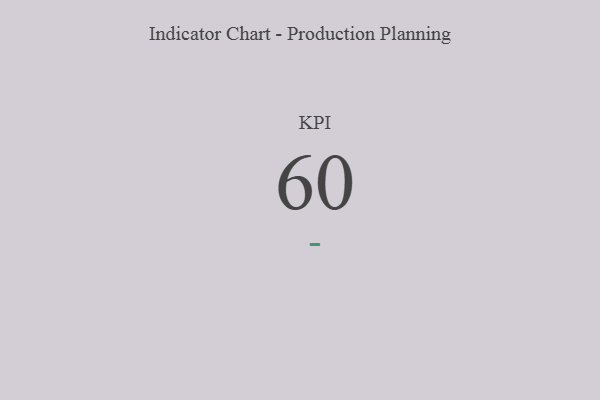
{"axis": {"x": "KPI", "y": "Value"}, "legend": [""], "data": [{"x": "KPI", "y": 60, "type": ""}]}